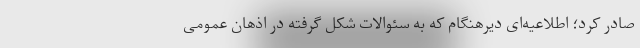
صادر کرد؛ اطلاعیه‌ای دیرهنگام که به سئوالات شکل گرفته در اذهان عمومی